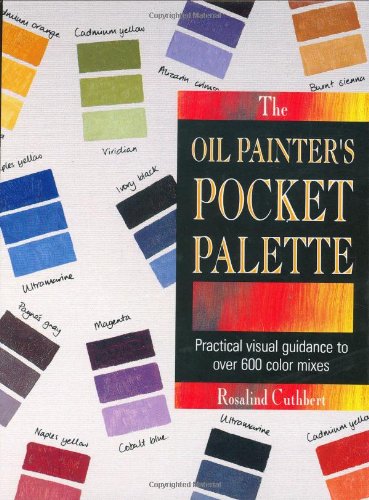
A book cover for The Oil Painter's Pocket Palette (ILLUSTRATED); Rosalind Cuthbert; Arts & Photography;